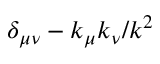
\delta _ { \mu \nu } - k _ { \mu } k _ { \nu } / k ^ { 2 }